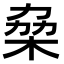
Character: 𠡷